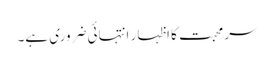
سر محبت کا اظہار انتہائی ضروری ہے۔